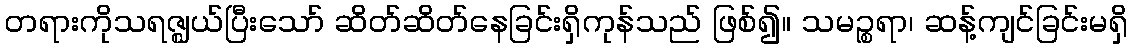
တရားကိုသရဇ္ဈယ်ပြီးသော် ဆိတ်ဆိတ်နေခြင်းရှိကုန်သည် ဖြစ်၍။ သမဉ္စရာ၊ ဆန့်ကျင်ခြင်းမရှိ